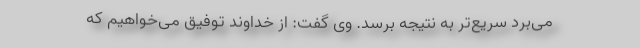
می‌برد سریع‌تر به نتیجه برسد. وی گفت: از خداوند توفیق می‌خواهیم که